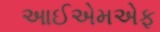
આઈએમએફ